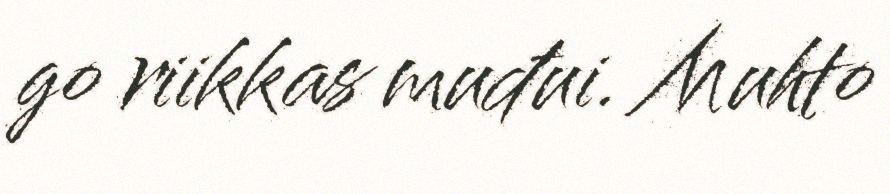
go riikkas muđui. Muhto